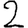
Digit: 2